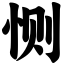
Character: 恻